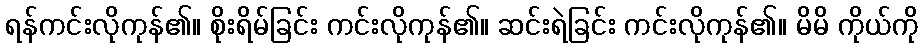
ရန်ကင်းလိုကုန်၏။ စိုးရိမ်ခြင်း ကင်းလိုကုန်၏။ ဆင်းရဲခြင်း ကင်းလိုကုန်၏။ မိမိ ကိုယ်ကို